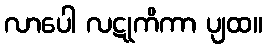
လာပေါ လဋုကိကာ ပျထ။